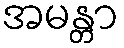
အမန္တာ